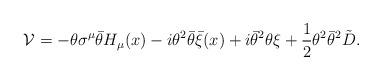
LaTeX: \begin{align*}{\cal V} = -\theta \sigma^{\mu} \bar \theta H_{\mu}(x) - i \theta^2 \bar \theta \bar \xi(x) +i \bar \theta^2 \theta \xi + \frac{1}{2} \theta^2 \bar \theta^2 \tilde D.\end{align*}